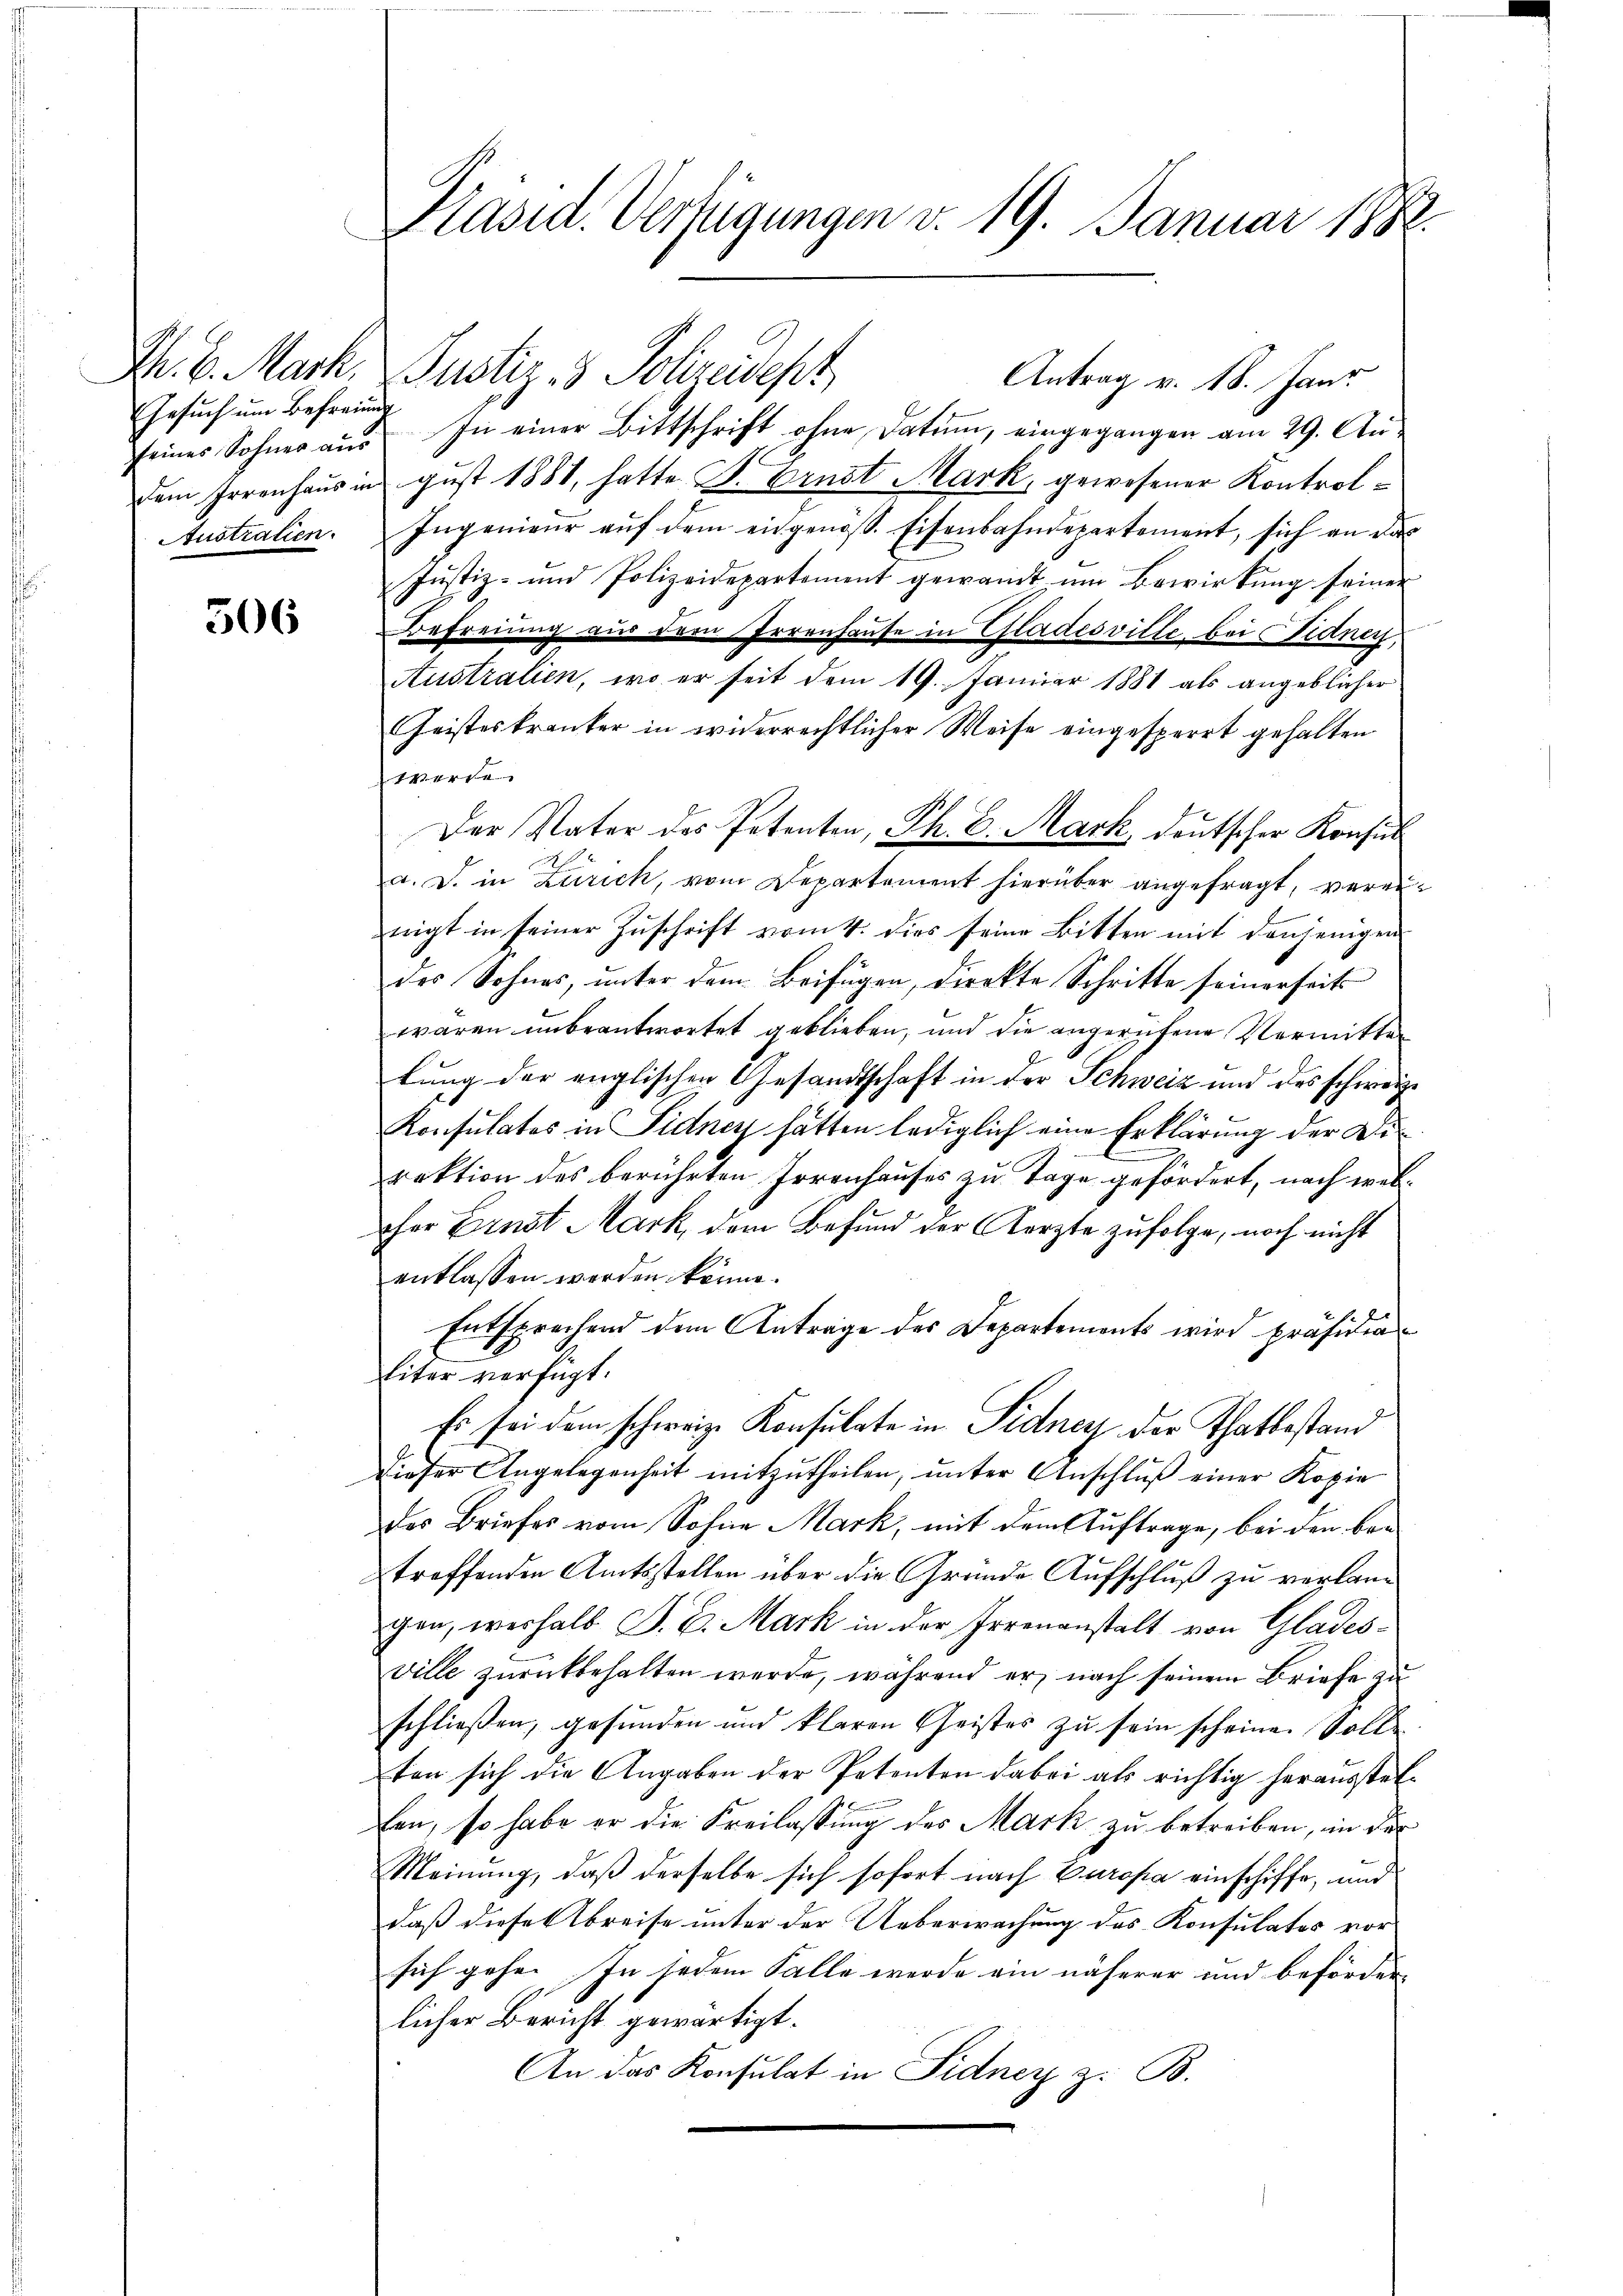
Gesuch um Befreunden
Australien.

506

Fr. 6. Mark, Justiz & Polizeidepz
Antrag v. 18. Janz
feiner Sohner aŭs In einer Bittschrift ohne Datum, eingegangen am 29. Au
dem Irrenhaus in gust 1881, hatte B. Ernst Mark, gewesener Kontrol¬
Ingenieur auf dem eidgenöss. Eisenbahndepartement, sich an das
Justiz- und Polizeidepartement gewandt um Bewirkung seiner
Befreiung aus dem Irrenhause in Gladesville, bei idner,
Australien, wo er seit dem 19. Januar 1881 als angeblicher
Geisteskranker in widerrechtlicher Weise eingesperrt gehalten
werde.
Der Vater des Petenten, Th. E. Mark, deutscher Konsul
a. d. in Zürich, vom Departement hierüber angefragt, vereinigt in seiner Zuschrift vom 4. dies seine Bitten mit denjenigen
des Sohnes, unter dem Beifügen, direkte Schritte seinerseits
waren unbeantwortet geblieben, und die angerufene Vermittel
lung der englischen Gesandtschaft in der Schweiz und des schweize
Konsulates in Sidney hätten lediglich eine Erklärung der Direktion des berührten Irrenhauses zu Tage gefördert, nach weloher Einst Mark, dem Befund der Aerzte zufolge, noch nicht
entlassen werden könne.
Entsprechend dem Anträge des Departements wird präsidia
liter verfügt:
Es sei dem schweiz. Konsulate in Sidney der Thatbestand
dieser Angelegenheit mitzutheilen, unter Anschluß einer Kopie
des Briefes vom Sohne Mark, mit dem Auftrage, bei den betreffenden Amtsstellen über die Grunde Aufschluß zu verlang
gen, weshalb J. C. Mark in der Irrenanstalt von Gladesville zurückbehalten werde, während er nach seinem Briefe zu
schließen, gefunden und klaren Geistes zu sein scheine. Solle.
ten sich die Angaben der Petenten dabei als richtig herausstelfen, so habe er die Freilassung des Mark zu betreiben, in der
Meinung, daß derselbe sich sofort nach Europa einschiffe, und
daß diese Abreise unter der Ueberwachung des Konsulates vor
sich gehe. In jedem Falle werde ein näherer und beförder-
licher Bericht gewärtigt.
An das Konsulat in Fidner z. B.

Präsid. Verfügungen v. 19. Januar 1882.